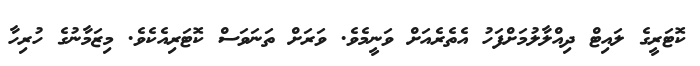
ކޮޓަރީގެ ލައިޓް ދިއްލާލުމަށްފަހު އެތެރެއަށް ވަނީމެވެ. ވަރަށް ތަނަވަސް ކޮޓަރިއެކެވެ. މިޒަމާނުގެ ހުރިހާ